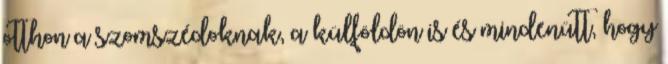
otthon a szomszédoknak, a külföldön is és mindenütt, hogy